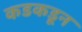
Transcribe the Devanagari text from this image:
कडकडून